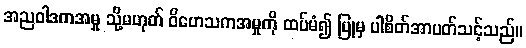
အညဝါဒကအမှု သို့မဟုတ် ဝိဟေသကအမှုကို ထပ်မံ၍ ပြုမှ ပါစိတ်အာပတ်သင့်သည်။